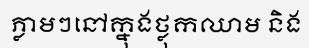
ភ្លាមៗនៅក្នុងថ្លុកឈាម និង